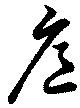
扈